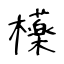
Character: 𣟿